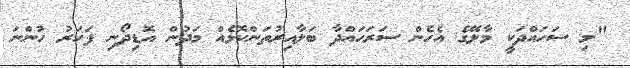
"މި ސަހައްދަކީ މާލޭގެ އެހެން ސަރަހައްދާ ބަލާއިރުތަންކޮޅެއް މަދުން އޮޑިދޯނި ފަހަރު ހުންނަ